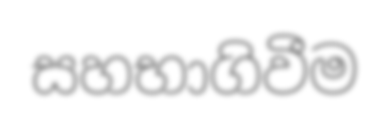
සහභාගිවීම